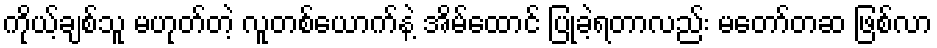
ကိုယ့်ချစ်သူ မဟုတ်တဲ့ လူတစ်ယောက်နဲ့ အိမ်ထောင် ပြုခဲ့ရတာလည်း မတော်တဆ ဖြစ်လာ